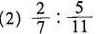
(2) \frac{2}{7}: \frac{5}{11}